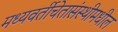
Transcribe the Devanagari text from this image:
मध्यवर्तीचेतासंस्थीमधील